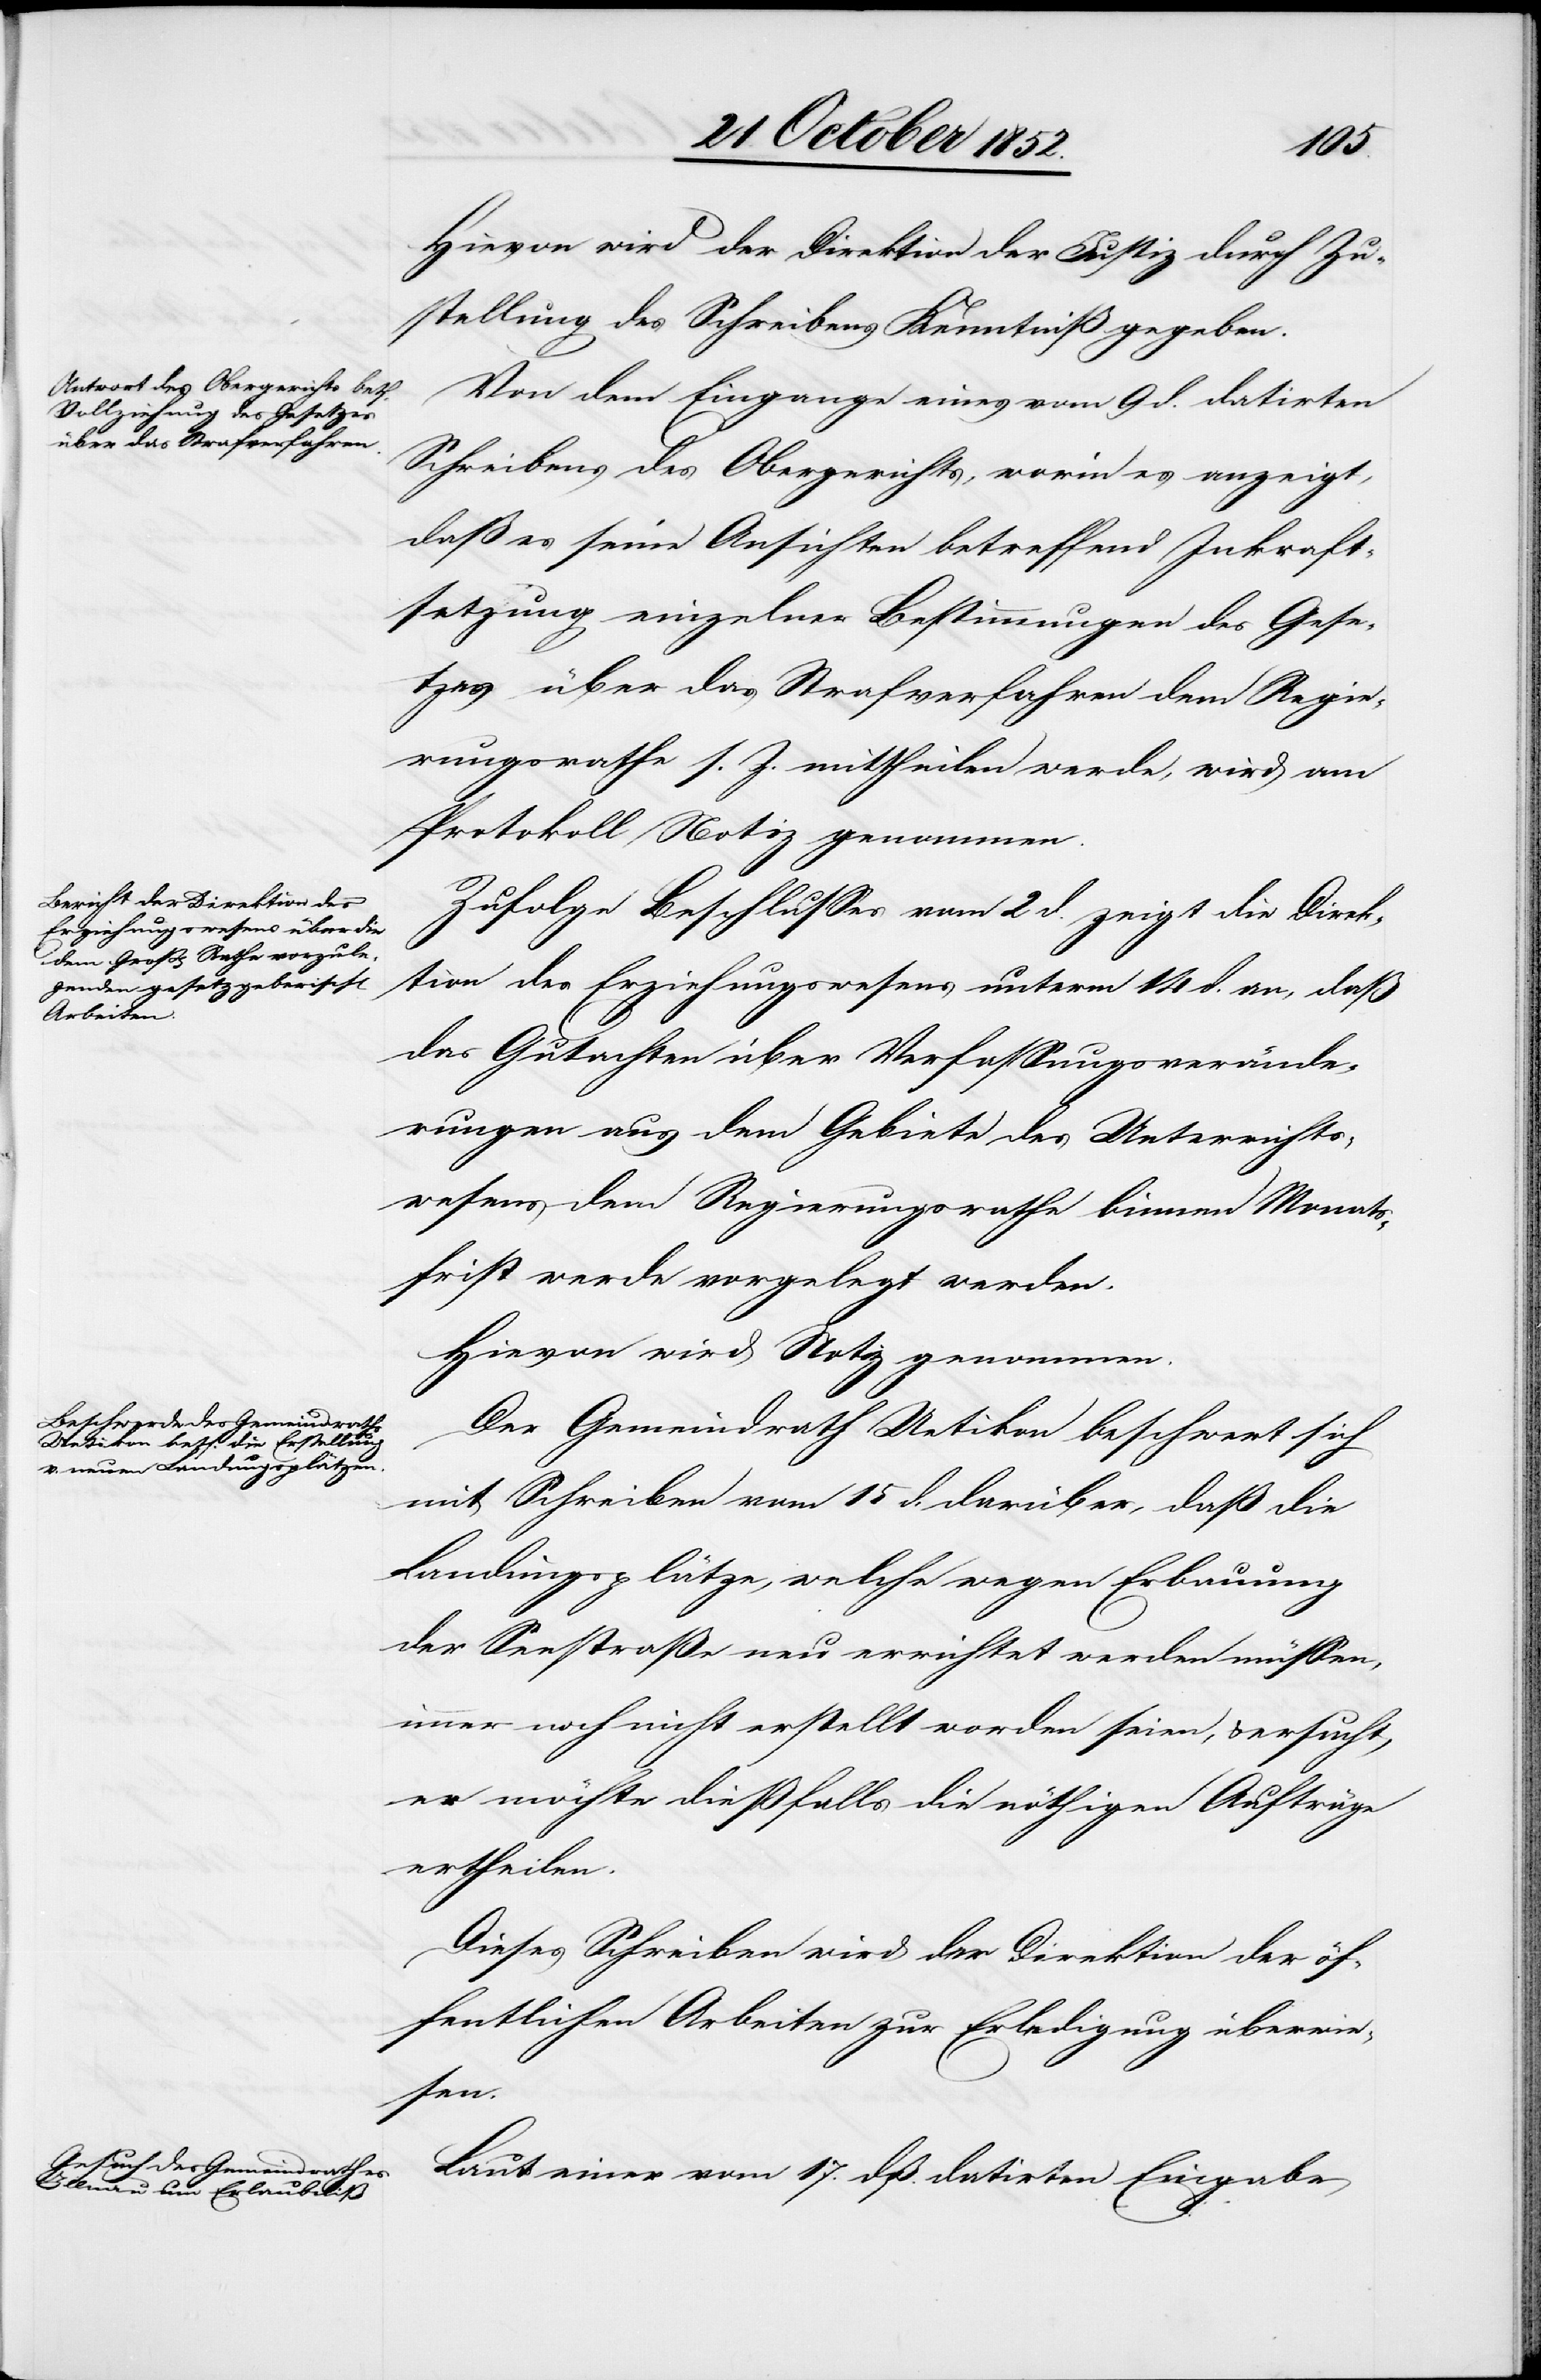
Hievon wird der Direktion der Justiz durch Zu¬
stellung des Schreibens Kenntniß gegeben.
Von dem Eingange eines vom 9 d. datirten
Schreibens des Obergerichts, worin es anzeigt,
daß es seine Ansichten betreffend Inkraft¬
setzung einzelner Bestimmungen des Gese¬
tzes über das Strafverfahren dem Regie¬
rungsrathe s. Z. mittheilen werde, wird am
Protokoll Notiz genommen.
Zufolge Beschlusses vom 2 d. zeigt die Direk¬
tion des Erziehungswesens unterm 14 d. an, daß
das Gutachten über Verfassungsverände¬
rungen aus dem Gebiete des Unterrichts¬
wesens dem Regierungsrathe binnen Monats¬
frist werde vorgelegt werden.
Hievon wird Notiz genommen.
Der Gemeindrath Uetikon beschwert sich
mit Schreiben vom 15 d. darüber, daß die
Landungsplätze, welche wegen Erbauung
der Seestraße neu errichtet werden müssen,
immer noch nicht erstellt worden seien, & ersucht,
er möchte dießfalls die nöthigen Aufträge
ertheilen.
Dieses Schreiben wird der Direktion der öf¬
fentlichen Arbeiten zur Erledigung überwie¬
sen.
Laut einer vom 17. dß. datirten Eingabe